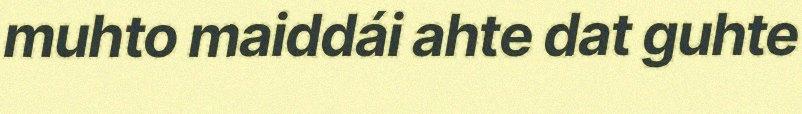
muhto maiddái ahte dat guhte